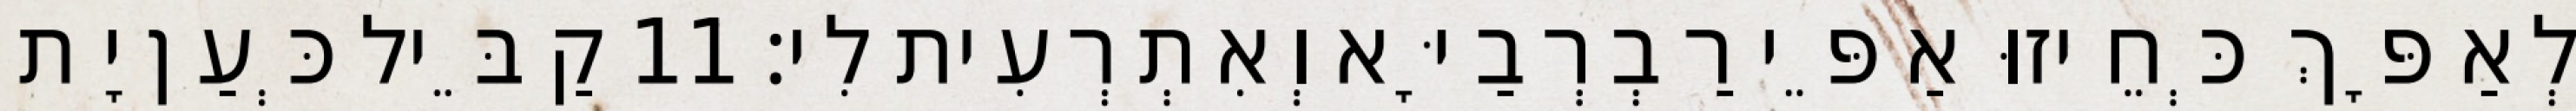
לְאַפָּךְ כְּחֵיזוּ אַפֵּי רַבְרְבַיָּא וְאִתְרְעִית לִי׃ 11 קַבֵּיל כְּעַן יָת